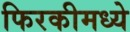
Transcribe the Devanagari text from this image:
फिरकीमध्ये